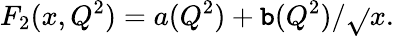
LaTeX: F_{2}(x,Q^{2})=a(Q^{2})+\mathtt{b}(Q^{2})/\sqrt{}{{x}}.